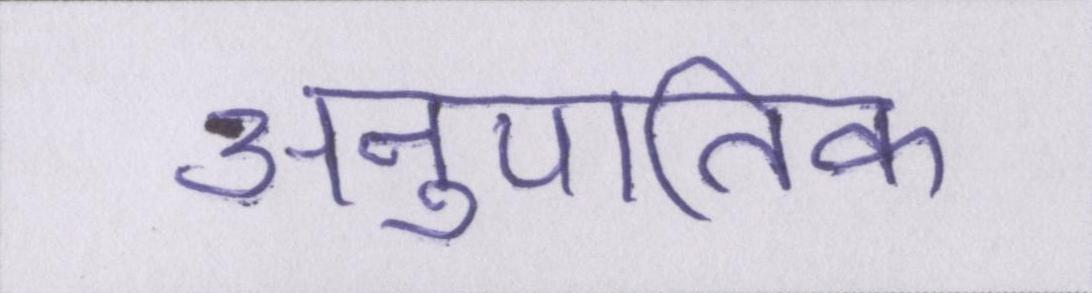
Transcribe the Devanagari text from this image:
अनुपातिक